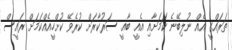
ތަރައްގީ އެއް ނުލިބޭނެ ކަމަށާއި އެއީ ބާޣީ ސަރުކާރަށް ކުރެވޭ ކުށްހީއެއްކަމަށް ރައީސް